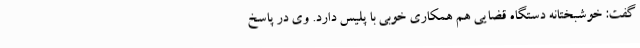
گفت: خوشبختانه دستگاه قضایی هم همکاری خوبی با پلیس دارد. وی در پاسخ